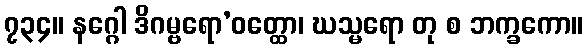
၇၃၄။ နဂ္ဂေါ ဒိဂမ္ဗရော’ဝတ္ထော၊ ဃသ္မရော တု စ ဘက္ခကော။